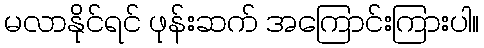
မလာနိုင်ရင် ဖုန်းဆက် အကြောင်းကြားပါ။